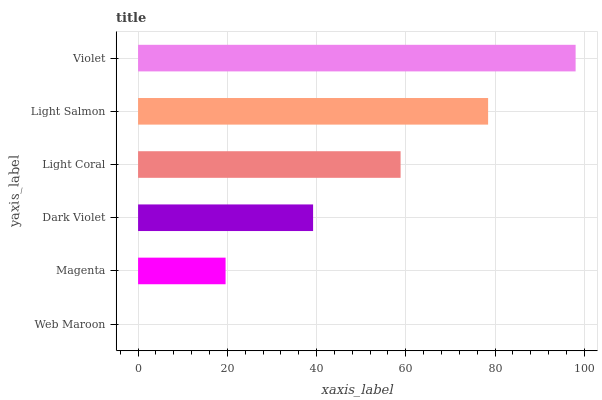
| yaxis_label | bars |
 | --- | --- |
 | Web Maroon | 0 |
 | Magenta | 19.6 |
 | Dark Violet | 39.2 |
 | Light Coral | 58.8 |
 | Light Salmon | 78.4 |
 | Violet | 98.1 |